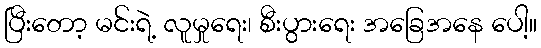
ပြီးတော့ မင်းရဲ့ လူမှုရေး၊ စီးပွားရေး အခြေအနေ ပေါ့။